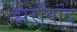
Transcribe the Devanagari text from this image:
झर्रोवाद